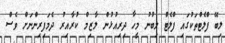
ލިބޭ ފްލެޓްތަކުގައި ފްލެޓް ލިބުނު މީހާ ދިރިއުޅުން ލާޒިމް ކުރާއިރު ދެމަފިރިންނަށް ވެސް